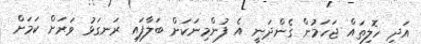
އަދި ހޮލިތައް ޖަހަމުން ގެންދަނީ އެ ފުންމިނަކަށް ބަލާފައި ރަނގަޅު ވަރަށް ކަމަށް